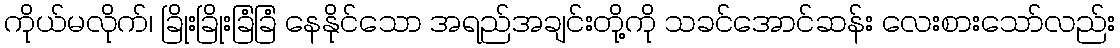
ကိုယ်မလိုက်၊ ခြိုးခြိုးခြံခြံ နေနိုင်သော အရည်အချင်းတို့ကို သခင်အောင်ဆန်း လေးစားသော်လည်း